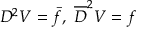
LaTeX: { \cal D } ^ { 2 } V = \bar { f } , \ \overline { { { \cal D } } } ^ { 2 } V = f